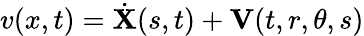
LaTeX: v(x,t)=\dot{\mathbf{X}}(s,t)+\mathbf{V}(t,r,\theta,s)